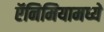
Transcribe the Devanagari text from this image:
ऍनिमियामध्ये